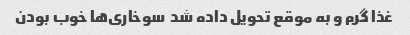
غذا گرم و به موقع تحویل داده شد  سوخاری‌ها خوب بودن